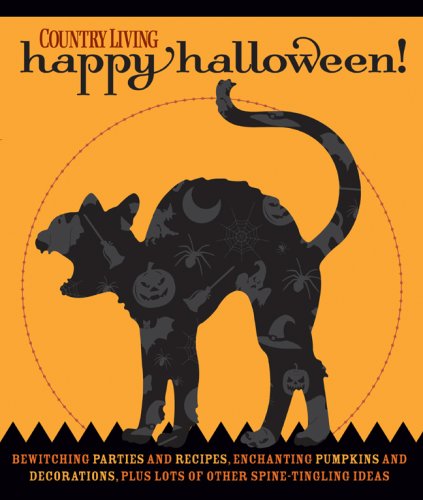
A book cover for Country Living Happy Halloween!: Bewitching Parties and Recipes, Enchanting Pumpkins and Decorations, Plus Lots of Other Spine-Tingling Ideas; Cookbooks, Food & Wine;